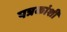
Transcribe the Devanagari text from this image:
पत्रकांशी